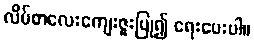
လိပ်စာလေးကျေးဇူးပြု၍ ရေးပေးပါ။